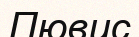
Пювис